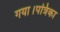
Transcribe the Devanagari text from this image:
गया।पत्रिका